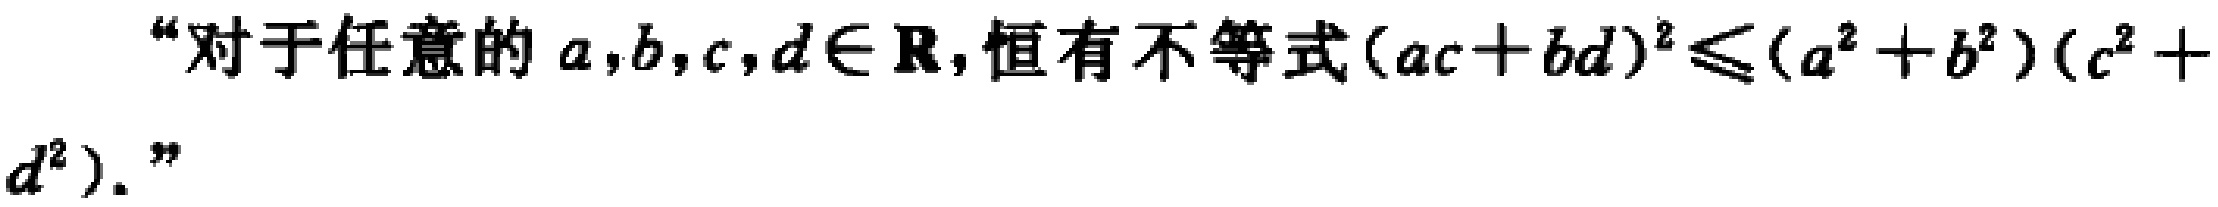
“对于任意的 \(a,b,c,d\in \mathbf{R}\), 恒有不等式\((ac + bd)^2\leqslant (a^2 + b^2)(c^2 + d^2)\).”